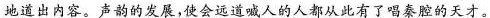
地道出内容。声韵的发展,使会远道喊人的人都从此有了唱奏腔的天才。